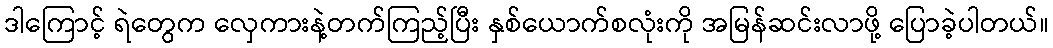
ဒါကြောင့် ရဲတွေက လှေကားနဲ့တက်ကြည့်ပြီး နှစ်ယောက်စလုံးကို အမြန်ဆင်းလာဖို့ ပြောခဲ့ပါတယ်။